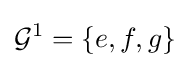
{\mathcal {G}}^{1}=\{e,f,g\}